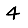
Digit: 4